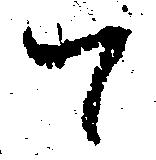
て